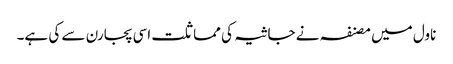
ناول میں مصنفہ نے جاثیہ کی مماثلت اسی پجارن سے کی ہے۔